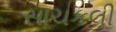
સાચકલી